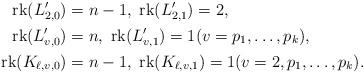
LaTeX: \begin{align*}\mathrm{rk}(L'_{2,0})&=n-1,\ \mathrm{rk}(L'_{2,1})=2,\\\mathrm{rk}(L'_{v,0})&=n,\ \mathrm{rk}(L'_{v,1})=1(v=p_1,\dots,p_k),\\\mathrm{rk}(K_{\ell,v,0})&=n-1,\ \mathrm{rk}(K_{\ell,v,1})=1 (v=2,p_1,\dots,p_k).\end{align*}